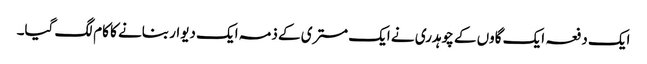
ایک دفعہ ایک گاوں کے چوہدری نے ایک مستری کے ذمہ ایک دیوار بنانے کا کام لگ گیا۔